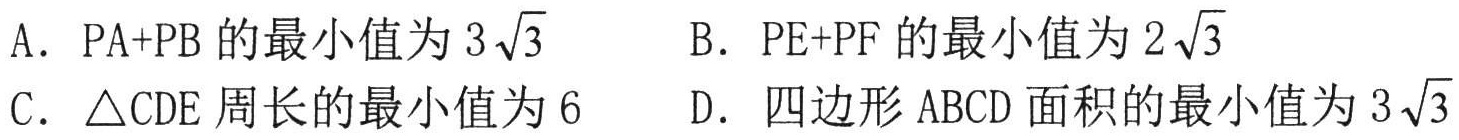
A. \(PA + PB\) 的最小值为 \(3\sqrt{3}\)  B. \(PE + PF\) 的最小值为 \(2\sqrt{3}\)
C. \(\triangle CDE\) 周长的最小值为 \(6\)  D. 四边形 \(ABCD\) 面积的最小值为 \(3\sqrt{3}\)